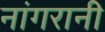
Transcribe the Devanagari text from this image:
नांगरानी